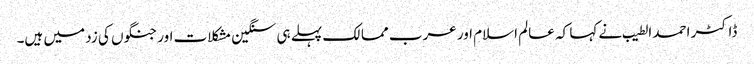
ڈاکٹر احمد الطیب نے کہا کہ عالم اسلام اور عرب ممالک پہلے ہی سنگین مشکلات اور جنگوں کی زد میں ہیں۔